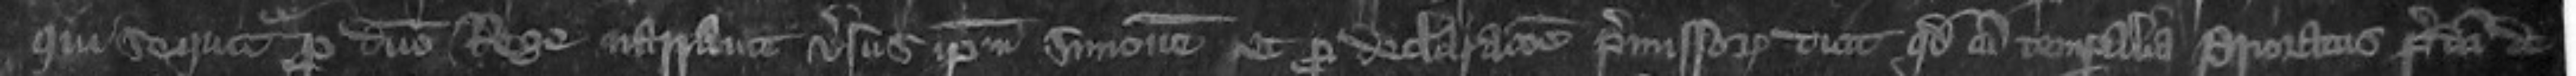
qui sequitur pro domino Rege naravit versus ipsum Simonem et pro declaratione premissorum dicit quod cum temporalia Prioratus predicti de